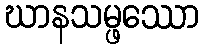
ဃာနသမ္ဖဿော